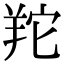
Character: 䍫